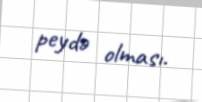
peydə olması.